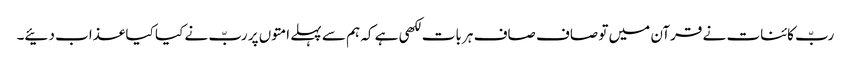
ربّ کائنات نے قرآن میں تو صاف صاف ہر بات لکھی ہے کہ ہم سے پہلے امتوں پر ربّ نے کیا کیا عذاب دئیے۔